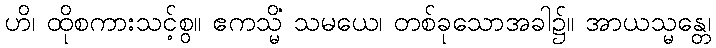
ဟိ၊ ထိုစကားသင့်စွ။ ဧကသ္မိံ သမယေ၊ တစ်ခုသောအခါ၌။ အာယသ္မန္တေ၊